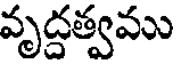
వృద్దత్వము